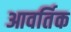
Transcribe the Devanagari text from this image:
आवर्तिक